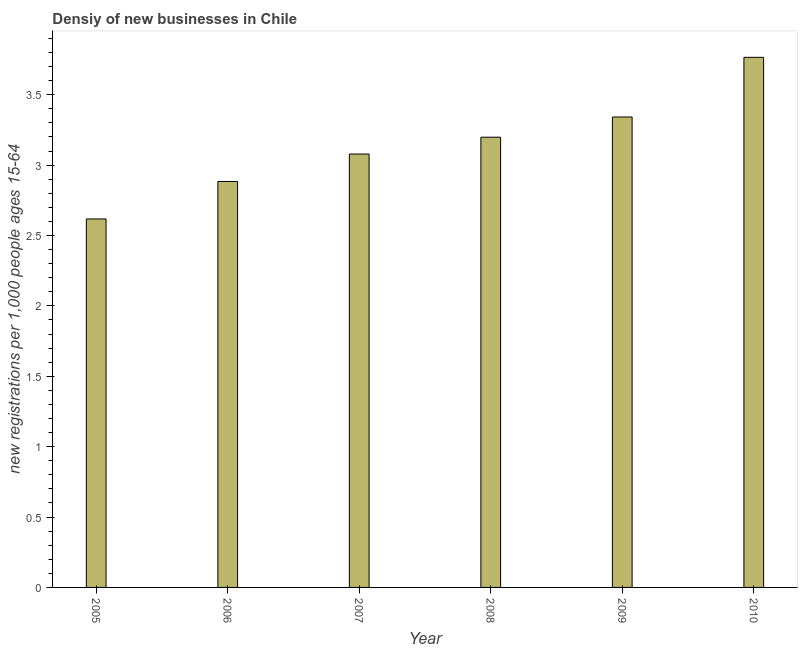
| Year | New business density |
 | --- | --- |
 | 2005 | 2.62 |
 | 2006 | 2.88 |
 | 2007 | 3.08 |
 | 2008 | 3.2 |
 | 2009 | 3.34 |
 | 2010 | 3.77 |